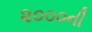
૨૦૦૦ની